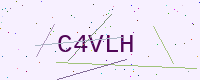
Text: C4VLH